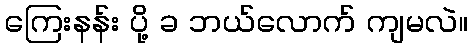
ကြေးနန်း ပို့ ခ ဘယ်လောက် ကျမလဲ။